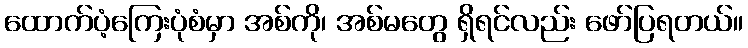
ထောက်ပံ့ကြေးပုံစံမှာ အစ်ကို၊ အစ်မတွေ ရှိရင်လည်း ဖော်ပြရတယ်။